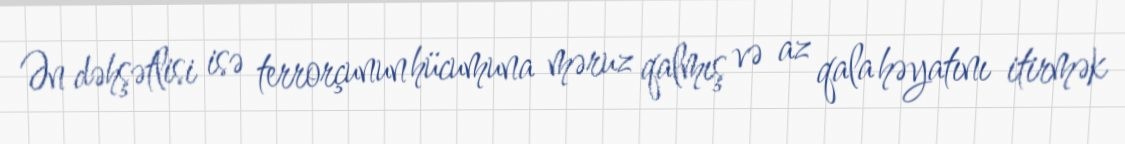
Ən dəhşətlisi isə terrorçunun hücumuna məruz qalmış və az qala həyatını itirmək